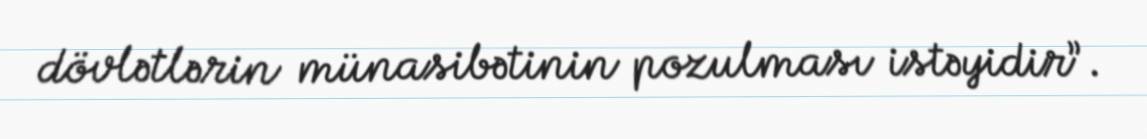
dövlətlərin münasibətinin pozulması istəyidir”.